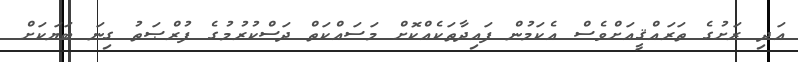
އަދި ރަށުގެ ތަރައްޤީއަށްވެސް އެކަމުން ފައިދާތަކެއްކޮށް މަސައްކަތް ދަސްކުރުމުގެ ފުރްޞަތު ގިނަ ބަޔަކަށް